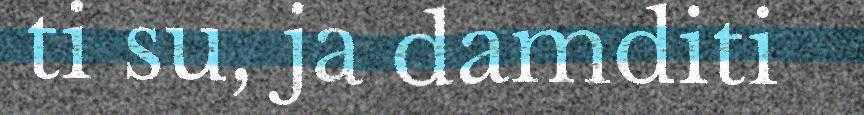
ti su, ja damditi